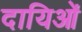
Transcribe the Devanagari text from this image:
दायिओं